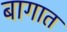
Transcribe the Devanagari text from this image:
बागात